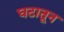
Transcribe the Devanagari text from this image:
घटातून